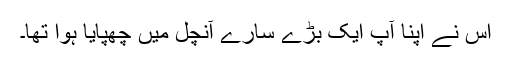
اس نے اپنا آپ ایک بڑے سارے آنچل میں چھپایا ہوا تھا۔